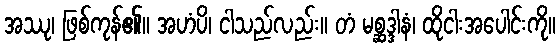
အဿု၊ ဖြစ်ကုန်၏။ အဟံပိ၊ ငါသည်လည်း။ တံ မစ္ဆဒ္ဒါနံ၊ ထိုငါးအပေါင်းကို။